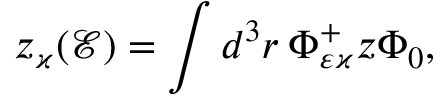
z _ { \varkappa } ( \mathcal { E } ) = \int d ^ { 3 } r \: \Phi _ { \varepsilon \varkappa } ^ { + } z \Phi _ { 0 } ,